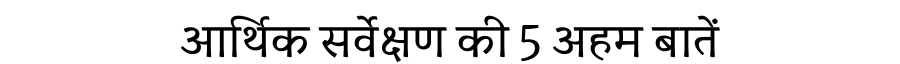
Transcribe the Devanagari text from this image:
आर्थिक सर्वेक्षण की 5 अहम बातें